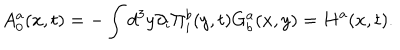
A _ { 0 } ^ { a } ( x , t ) = - \int d ^ { 3 } y \partial _ { i } \Pi _ { i } ^ { b } ( y , t ) G _ { b } ^ { a } ( x , y ) = H ^ { a } ( x , t ) .